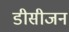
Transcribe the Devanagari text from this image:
डीसीजन